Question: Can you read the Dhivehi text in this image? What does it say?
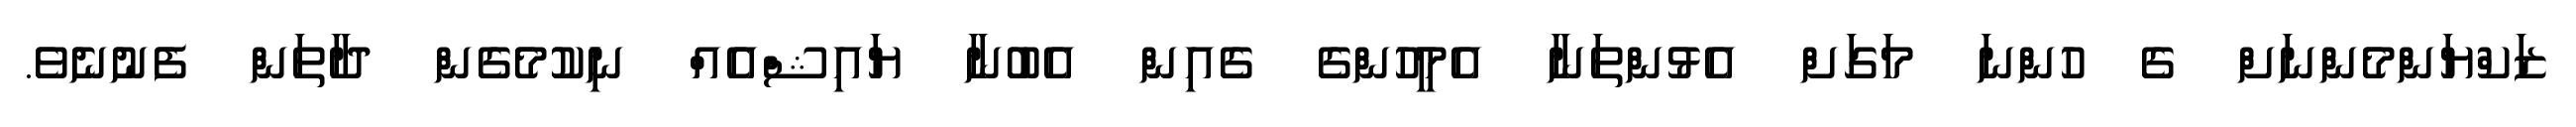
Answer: ޒަކްޔަންމެންނަށް ގެ ހުންނަ މަގަށް އެޅުންތަނާ އެމީހުންގެ ގެއިން އެބުނާ ޔައިޝްއެއް ނިކުމެގެން ދާތަން ފެނުނެވެ.